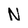
Character: N